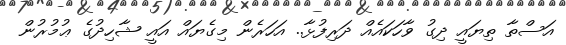
އަސްތާ ތިޔައީ ދިގު ވާހަކައެއް ދަރިފުޅާ.. އަހަރެން މިގެޔައް އައީ ޝާހިދުގެ ޢުމުރުން